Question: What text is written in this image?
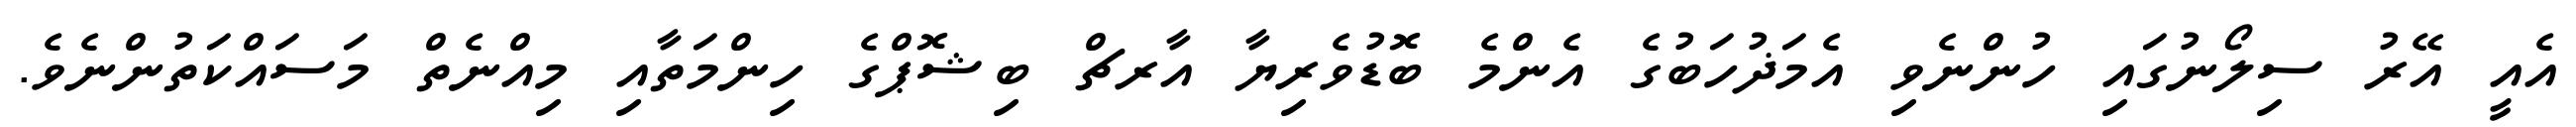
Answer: އެއީ އޭރު ސިލޯނުގައި ހުންނެވި އެމަޛުހަބުގެ އެންމެ ބޮޑުވެރިޔާ އާރޗް ބިޝޮޕްގެ ހިންމަތާއި މިއްނެތް މަސައްކަތުންނެވެ.